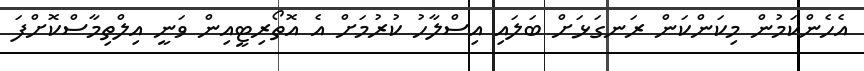
އެހެންކަމުން މިކަންކަން ރަނގަޅަށް ބަލައި އިސްލާހު ކުރުމަށް އެ އޮތޯރިޓީއިން ވަނީ އިލްތިމާސްކޮށްފަ